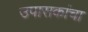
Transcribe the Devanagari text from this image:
उपासकांचा